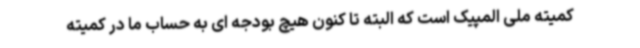
کمیته ملی المپیک است که البته تا کنون هیچ بودجه ای به حساب ما در کمیته